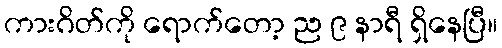
ကားဂိတ်ကို ရောက်တော့ ည ၉ နာရီ ရှိနေပြီ။